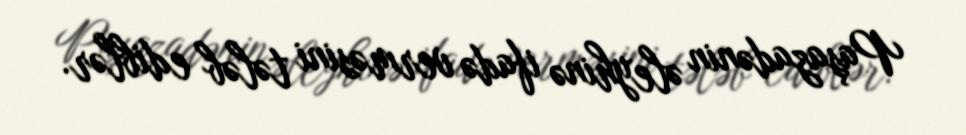
Paşazadənin əleyhinə ifadə verməsini tələb ediblər.